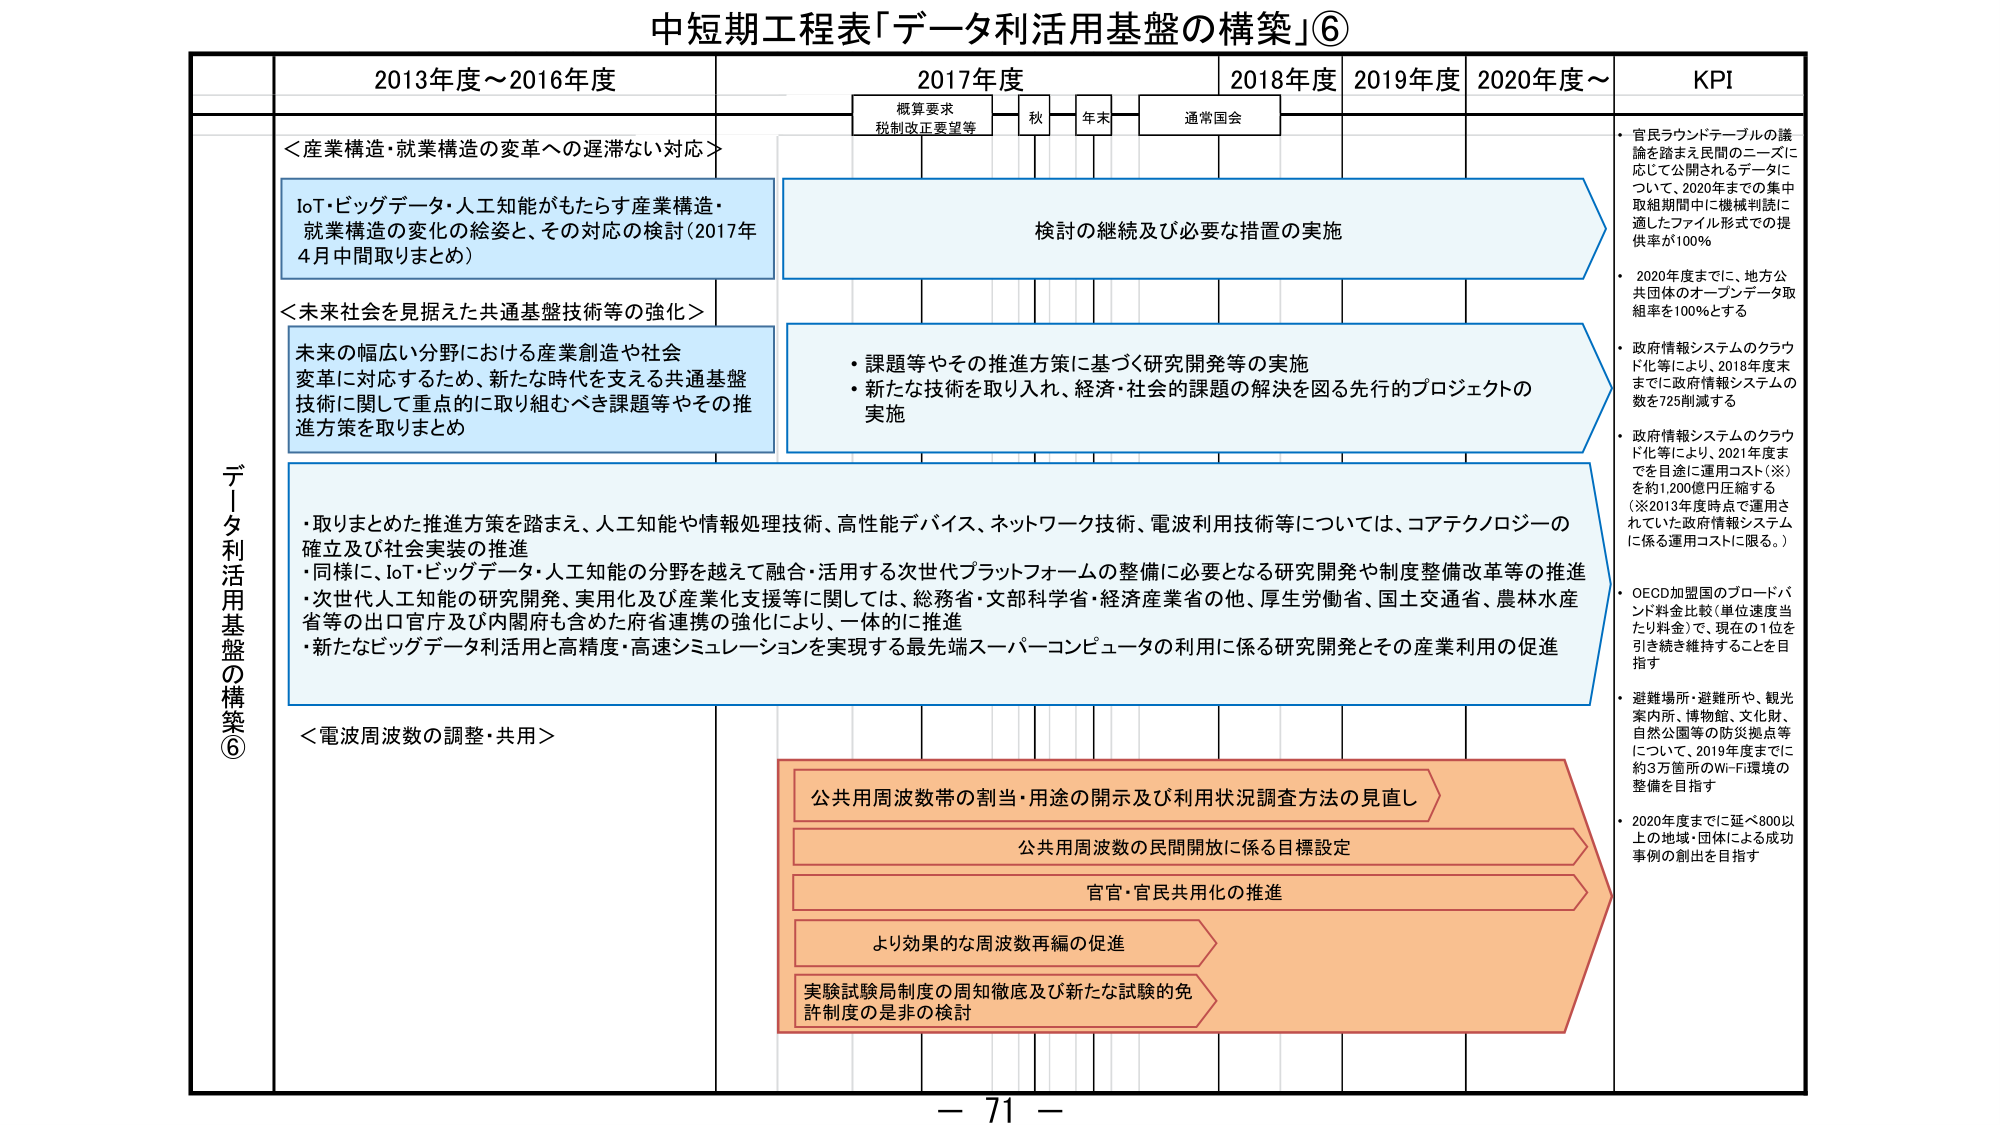
中短期工程表「データ利活用基盤の構築」⑥

2013年度～2016年度
2017年度
2018年度
2019年度
2020年度～
KPI

概算要求
税制改正要望等
秋
年末
通常国会

データ利活用基盤の構築⑥

＜産業構造・就業構造の変革への遅滞ない対応＞
IoT・ビッグデータ・人工知能がもたらす産業構造・
就業構造の変化の総姿と、その対応の検討（2017年
4月中間取りまとめ）

検討の継続及び必要な措置の実施

＜未来社会を見据えた共通基盤技術等の強化＞
未来の幅広い分野における産業創造や社会
変革に対応するため、新たな時代を支える共通基盤
技術に関して重点的に取り組むべき課題等とその推
進方策を取りまとめ

・課題等やその推進方策に基づく研究開発等の実施
・新たな技術を取り入れ、経済・社会的課題の解決を図る先行的プロジェクトの
実施

・取りまとめた推進方策を踏まえ、人工知能や情報処理技術、高性能デバイス、ネットワーク技術、電波利用技術等については、コアテクノロジーの
確立及び社会実装の推進
・同様に、IoT・ビッグデータ・人工知能の分野を越えて融合・活用する次世代プラットフォームの整備に必要となる研究開発や制度整備改革等の推進
・次世代人工知能の研究開発、実用化及び産業化支援等に関しては、総務省・文部科学省・経済産業省の他、厚生労働省、国土交通省、農林水産
省等の出口官庁及び内閣府も含めた府省連携の強化により、一体的に推進
・新たなビッグデータ利活用と高精度・高速シミュレーションを実現する最先端スーパーコンピュータの利用に係る研究開発とその産業利用の促進

＜電波周波数の調整・共用＞

公共用周波数帯の割当・用途の開示及び利用状況調査方法の見直し
公共用周波数の民間開放に係る目標設定
官官・官民共用化の推進
より効果的な周波数再編の促進
実験試験局制度の周知徹底及び新たな試験の免
許制度の是非の検討

・官民ラウンドテーブルの議
論を踏まえ民間のニーズに
応じて公開されるデータに
ついて、2020年までの集中
取組期間中に機械判読に
適したファイル形式での提
供率が100％
・2020年度までに、地方公
共団体のオープンデータ取
組率を100％とする
・政府情報システムのクラウ
ド化等により、2018年度末
までに政府情報システムの
数を725削減する
・政府情報システムのクラウ
ド化等により、2021年度ま
でを目途に運用コスト（※）
を約1,200億円圧縮する
（※2013年度時点で運用さ
れていた政府情報システム
に係る運用コストに限る。）
・OECD加盟国のブロードバ
ンド料金比較（単位速度当
たり料金）で、現在の1位を
引き続き維持することを目
指す
・避難場所・避難所や、観光
案内所、博物館、文化財、
自然公園等の防災拠点等
について、2019年度までに
約3万箇所のWi-Fi環境の
整備を目指す
・2020年度までに延べ800以
上の地域・団体による成功
事例の創出を目指す

－ 71 －